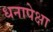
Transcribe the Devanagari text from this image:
धनापेक्षा